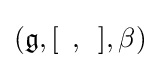
({\mathfrak {g}},[\,\,\,,\,\,\,],\beta )